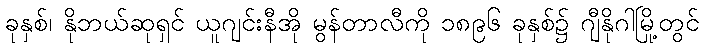
ခုနှစ်၊ နိုဘယ်ဆုရှင် ယူဂျင်းနီအို မွန်တာလီကို ၁၈၉၆ ခုနှစ်၌ ဂျီနိုဂါမြို့တွင်